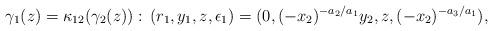
LaTeX: \begin{align*}\gamma_1(z)=\kappa_{12}(\gamma_2(z)):\,(r_1,y_1,z,\epsilon_1) = (0,(-x_2)^{-a_2/a_1}y_2,z,(-x_2)^{-a_3/a_1}),\end{align*}